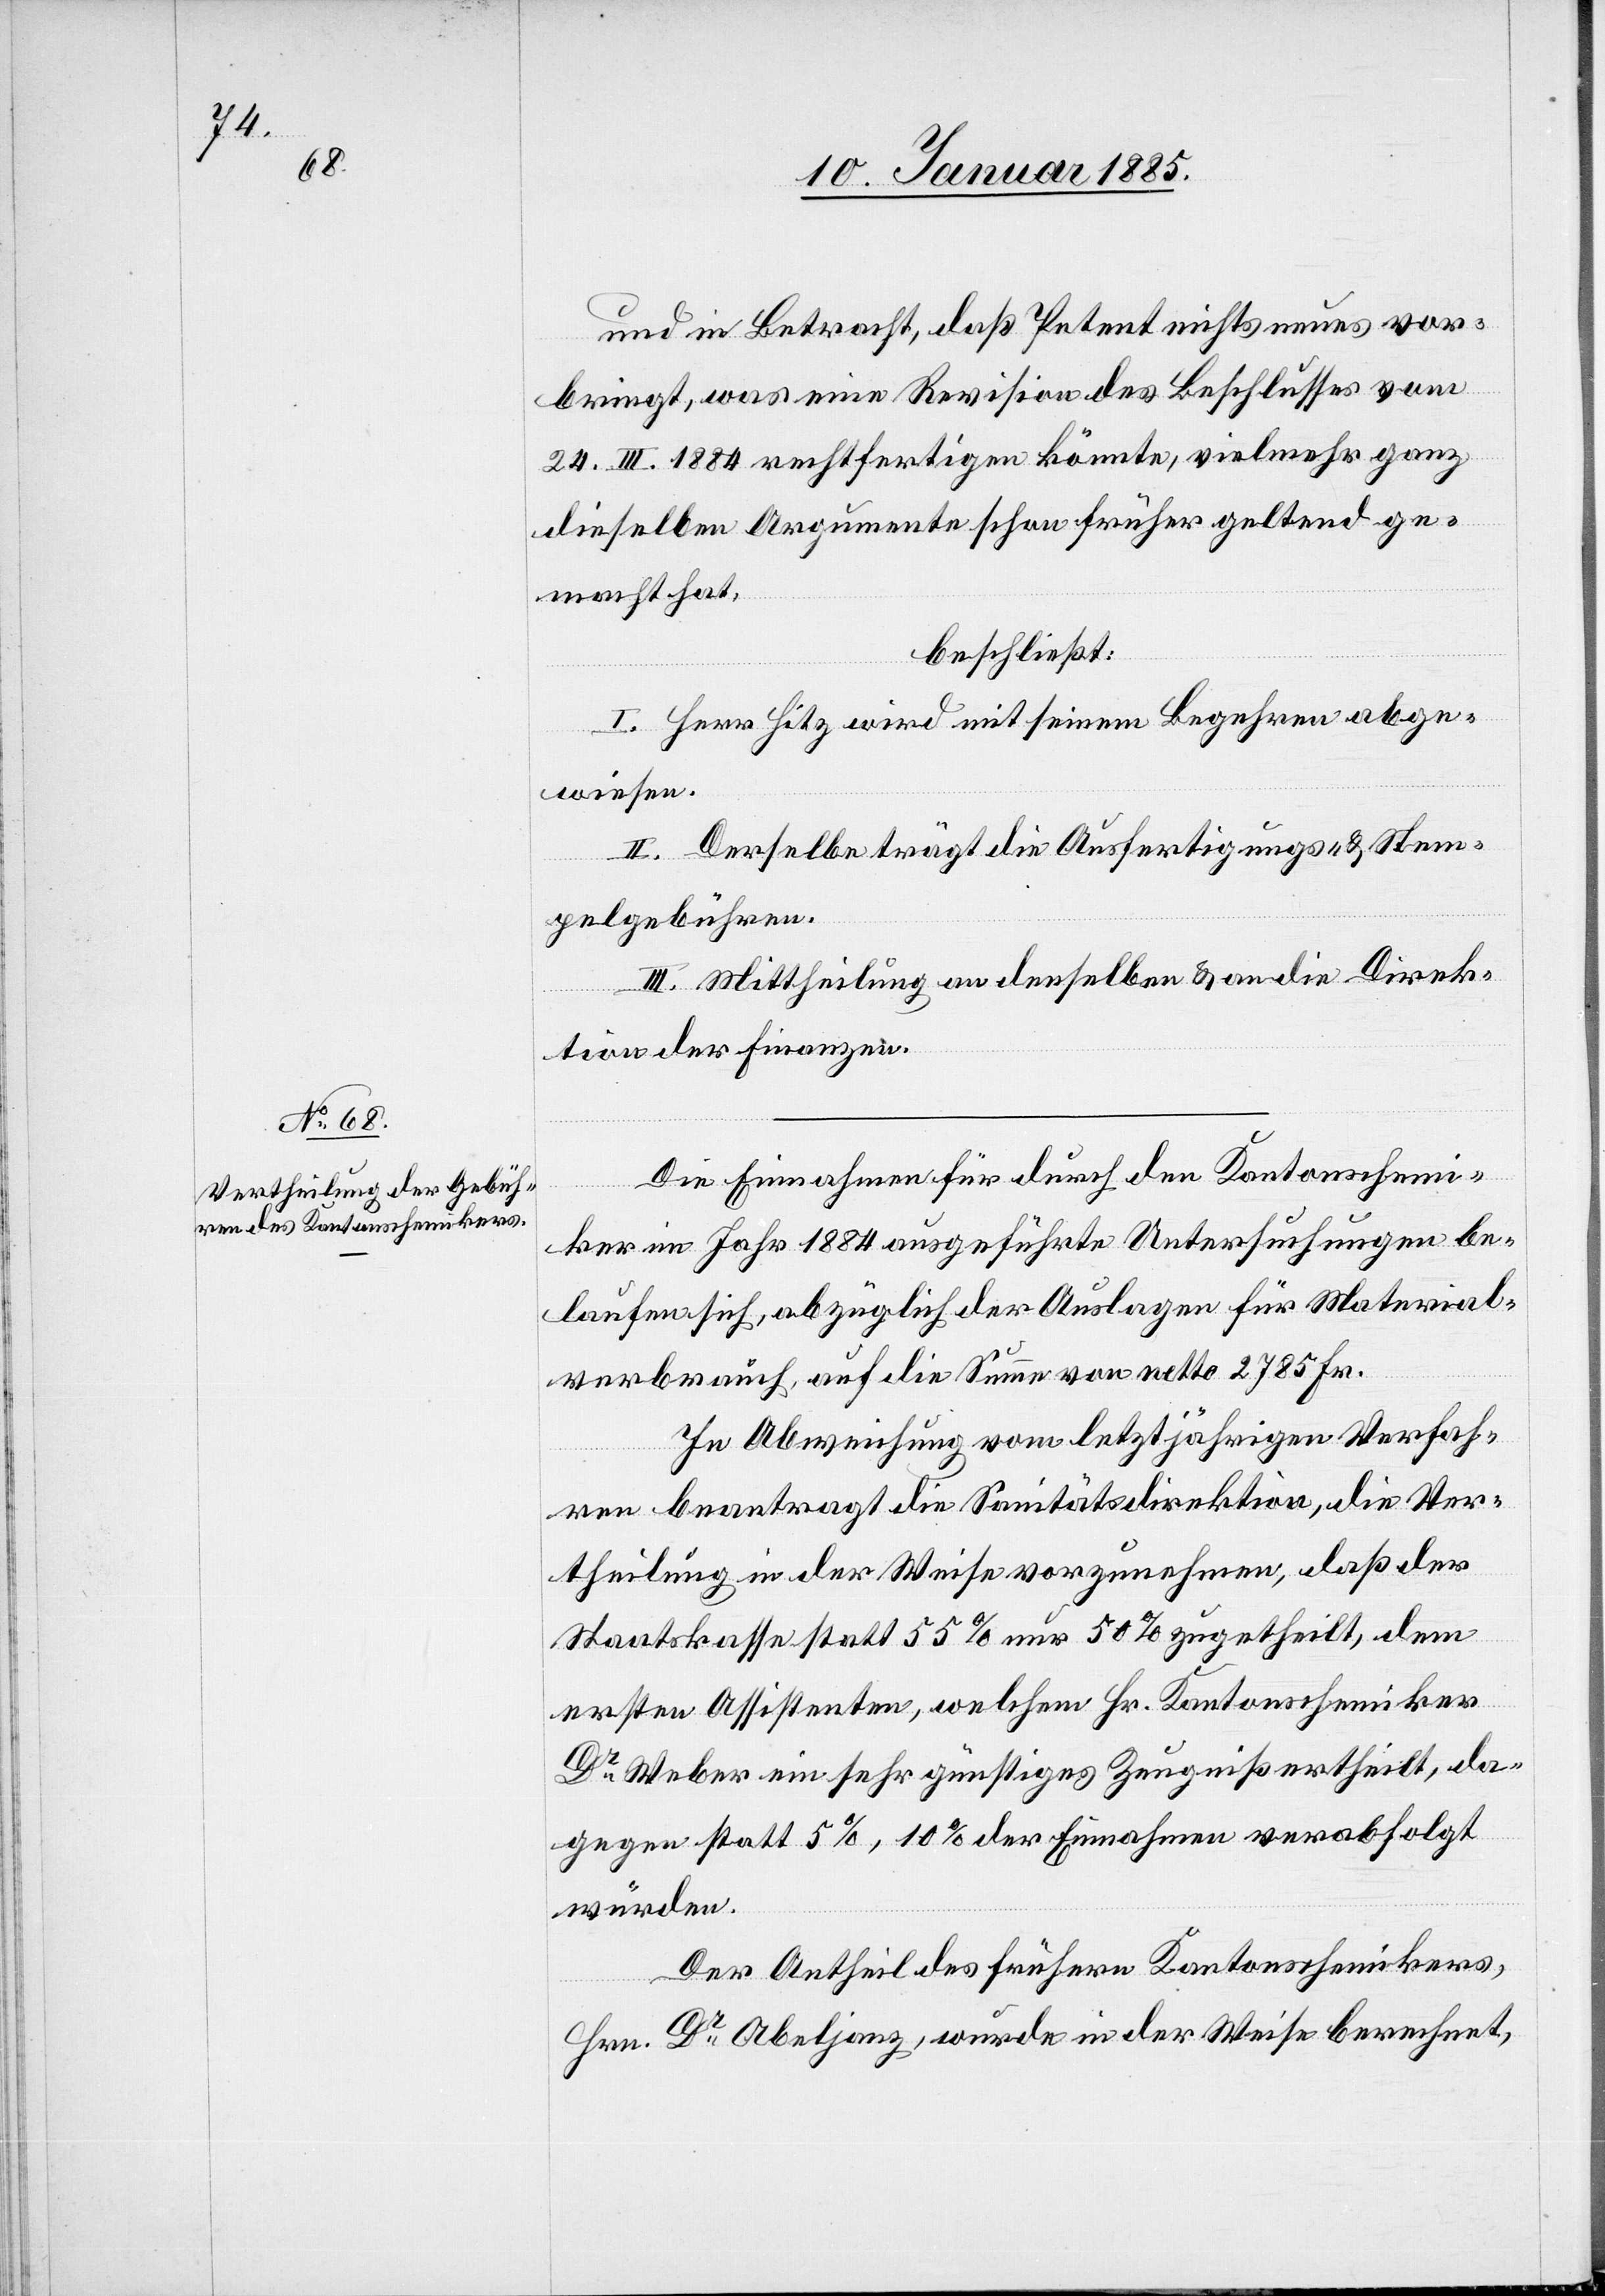
und in Betracht, daß Petent nichts neues vor¬
bringt, was eine Revision des Beschlusses vom
24. III. 1884 rechtfertigen könnte, vielmehr ganz
dieselben Argumente schon früher geltend ge¬
macht hat,
beschließt:
I. Herr Hitz wird mit seinem Begehren abge¬
wiesen.
II. Derselbe trägt die Ausfertigungs- & Stem¬
pelgebühren.
III. Mittheilung an denselben & an die Direk¬
tion der Finanzen.
Die Einnahmen für durch den Kantonschemi¬
ker im Jahr 1884 ausgeführte Untersuchungen be¬
laufen sich, abzüglich der Auslagen für Material¬
verbrauch, auf die Summe von netto 2785 Fr.
In Abweichung vom letztjährigen Verfah¬
ren beantragt die Sanitätsdirektion, die Ver¬
theilung in der Weise vorzunehmen, daß der
Staatskasse statt 55% nur 50% zugetheilt, dem
ersten Assistenten, welchem Hr. Kantonschemiker
Dr Weber ein sehr günstiges Zeugniß ertheilt, da¬
gegen statt 5%, 10% der Einnahmen verabfolgt
würden.
Der Antheil des frühern Kantonschemikers,
Hrn. Dr Abeljanz, wurde in der Weise berechnet,